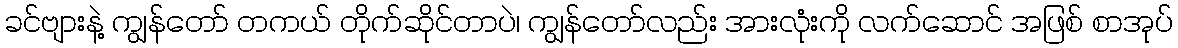
ခင်ဗျားနဲ့ ကျွန်တော် တကယ် တိုက်ဆိုင်တာပဲ၊ ကျွန်တော်လည်း အားလုံးကို လက်ဆောင် အဖြစ် စာအုပ်